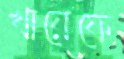
খায়েফে